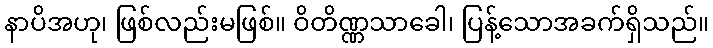
နာပိအဟု၊ ဖြစ်လည်းမဖြစ်။ ဝိတိဏ္ဏသာခေါ၊ ပြန့်သောအခက်ရှိသည်။